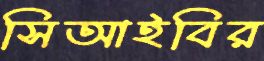
সিআইবির